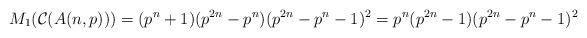
LaTeX: \begin{align*}M_{1}(\mathcal{C}(A(n, p)))=(p^{n}+1)(p^{2n}-p^{n})(p^{2n}-p^{n}-1)^{2}=p^{n}(p^{2n}-1)(p^{2n}-p^{n}-1)^{2}\end{align*}